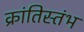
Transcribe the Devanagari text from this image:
क्रांतिस्तंभ